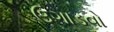
ઉગાડવો